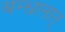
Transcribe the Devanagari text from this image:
बन्धानात्